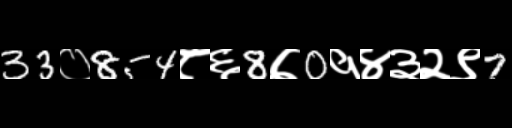
Text: 33०854८६8७0१४३२९7